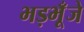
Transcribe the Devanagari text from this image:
भड़भूँजे